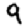
Digit: 9